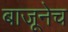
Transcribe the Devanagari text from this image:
बाजूनेच